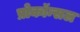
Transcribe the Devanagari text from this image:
प्रोकॉन्सल